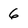
Character: 6